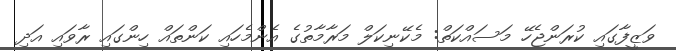
ވަޒީފާގައި ކުރަންޖެހޭ މަސައްކަތް: މެކޭނިކަލް މަރާމާތުގެ އެންމެހައި ކަންތައް ހިންގައި ރާވައި އަދި